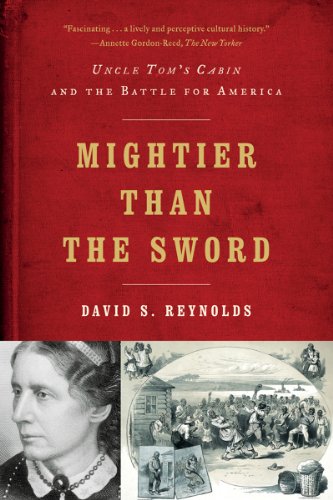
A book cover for Mightier Than the Sword: Uncle Tom's Cabin and the Battle for America; David S. Reynolds; Literature & Fiction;